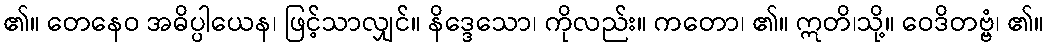
၏။ တေနေဝ အဓိပ္ပါယေန၊ ဖြင့်သာလျှင်။ နိဒ္ဒေသော၊ ကိုလည်း။ ကတော၊ ၏။ ဣတိ၊သို့။ ဝေဒိတဗ္ဗံ၊ ၏။